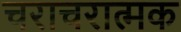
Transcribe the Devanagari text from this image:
चराचरात्मक